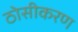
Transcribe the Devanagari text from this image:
ठोसीकरण